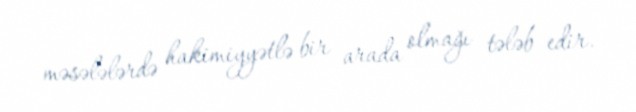
məsələlərdə hakimiyyətlə bir arada olmağı tələb edir.